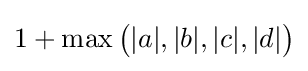
1+\max {\big (}|a|,|b|,|c|,|d|{\big )}